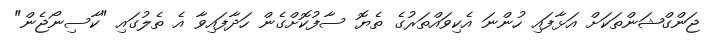
ޖަންގްޝަންތަކަށް އަޅާފައި ހުންނަ އެކިވައްތަރުގެ ތެޔޮ ސާފުކޮށްގެން ހަދާފައިވާ އެ ތެލުގައި "ކާސިނޯޖެން"